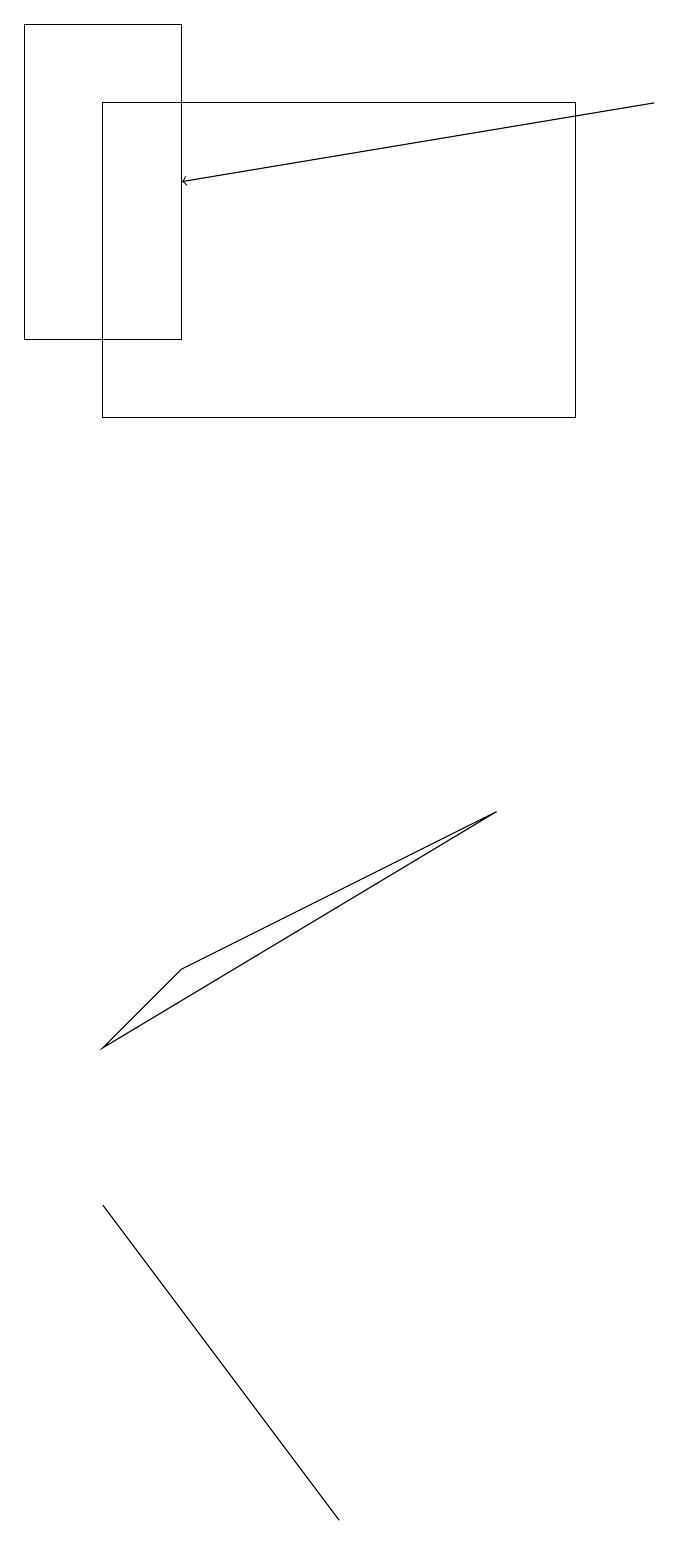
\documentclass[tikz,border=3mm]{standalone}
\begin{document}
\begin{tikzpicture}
\draw (5,0) -- (5,0) -- (2,4) -- cycle;
\draw (7,9) -- (2,6) -- (3,7) -- cycle;
\draw (1,15) rectangle (3,19);
\draw[->] (9,18) -- (3,17);
\draw (2,18) rectangle (8,14);
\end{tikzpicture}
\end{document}